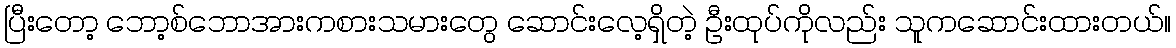
ပြီးတော့ ဘော့စ်ဘောအားကစားသမားတွေ ဆောင်းလေ့ရှိတဲ့ ဦးထုပ်ကိုလည်း သူကဆောင်းထားတယ်။